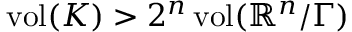
\operatorname { v o l } ( K ) > 2 ^ { n } \operatorname { v o l } ( \mathbb { R } ^ { n } / \Gamma )